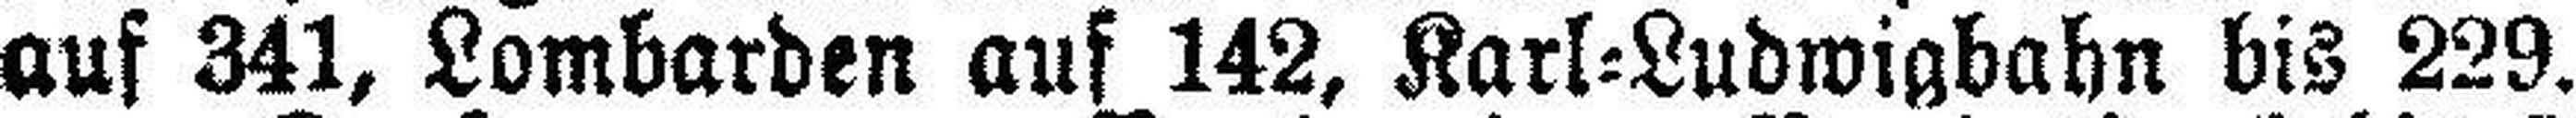
auf 341, Lombarden auf 142, Karl=Ludwigbahn bis 229.